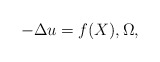
\begin{align*}- \Delta u = f(X), \Omega,\end{align*}